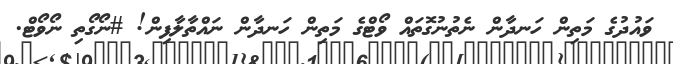
ވައުދުގެ މަތިން ހަނދާން ނެތުނުގޮތައް ވޯޓްގެ މަތިން ހަނދާން ނައްތާލާފިން! #ނޯގޯތި ނޯވޯޓް.